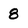
Character: 8